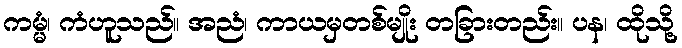
ကမ္မံ၊ ကံဟူသည်။ အညံ၊ ကာယမှတစ်မျိုး တခြားတည်း။ ပန၊ ထိုသို့